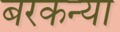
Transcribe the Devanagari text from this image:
बरकन्या